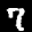
Label: 7